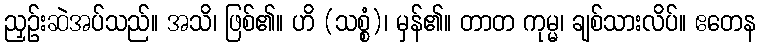
ညှဉ်းဆဲအပ်သည်။ အသိ၊ ဖြစ်၏။ ဟိ (သစ္စံ)၊ မှန်၏။ တာတ ကုမ္မ၊ ချစ်သားလိပ်။ ဧတေန